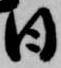
日